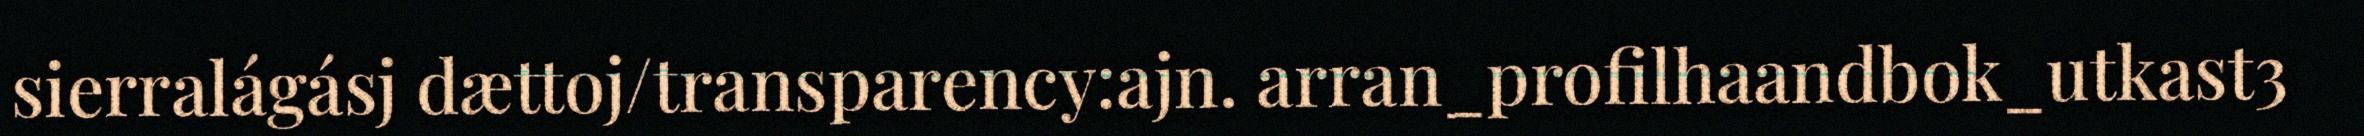
sierralágásj dættoj/transparency:ajn. arran_profilhaandbok_utkast3